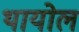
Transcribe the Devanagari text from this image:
थायोल